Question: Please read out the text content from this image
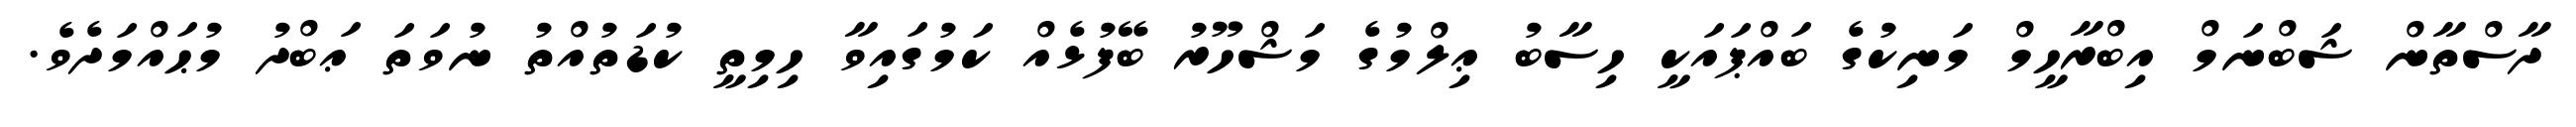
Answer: ދާސްތާން ޝަބްނަމް އިބްރާހީމް މަނިކުގެ ބައްޕައަކީ ހިސާބު ޢިލްމުގެ މަޝްހޫރު ބޭފުޅެއް ކަމުގައިވާ ހިމިތީ ކުޑަތުއްތު ނުވަތަ ޢަބްދު މުޙައްމަދެވެ.